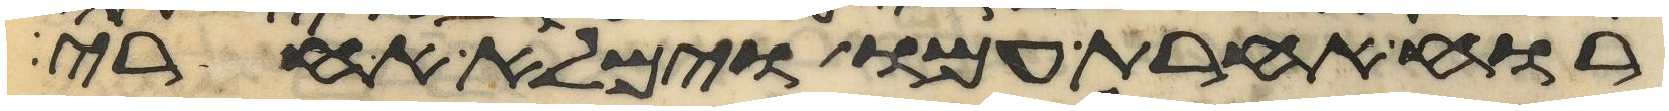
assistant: רוח אחרת עמו וימלא אחרי